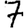
Digit: 7